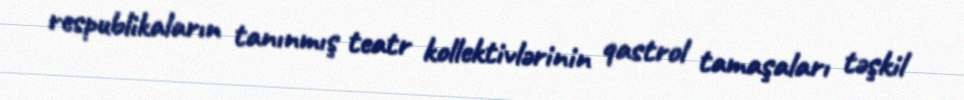
respublikaların tanınmış teatr kollektivlərinin qastrol tamaşaları təşkil